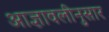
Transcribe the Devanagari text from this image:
आज्ञावलीनुसार